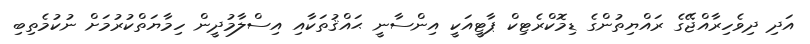
އަދި ދިވެހިރާއްޖޭގެ ރައްޔިތުންގެ ޑިމޮކްރެޓިކް ޕާޓީއަކީ އިންސާނީ ޙައްޤުތަކާއި އިސްލާމުދީން ހިމާޔަތްކުރުމަށް ނުކުމެތިބި